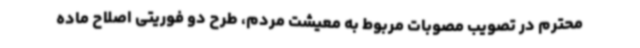
محترم در تصویب مصوبات مربوط به معیشت مردم، طرح دو فوریتی اصلاح ماده